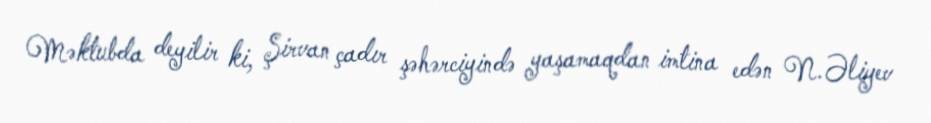
Məktubda deyilir ki, Şirvan çadır şəhərciyində yaşamaqdan imtina edən N.Əliyev